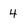
Character: 4